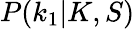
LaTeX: P(k_{1}|K,S)